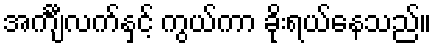
အင်္ကျီလက်နှင့် ကွယ်ကာ ခိုးရယ်နေသည်။